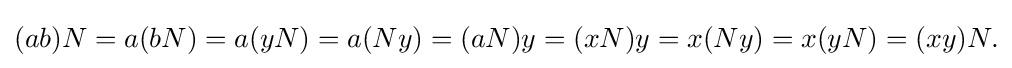
{\textstyle (ab)N=a(bN)=a(yN)=a(Ny)=(aN)y=(xN)y=x(Ny)=x(yN)=(xy)N.}